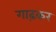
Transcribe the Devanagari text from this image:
गाढ़कर